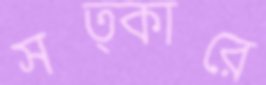
সত্কারে